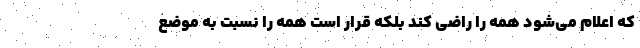
که اعلام می‌شود همه را راضی کند بلکه قرار است همه را نسبت به موضع